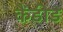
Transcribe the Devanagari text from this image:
कैंडीड